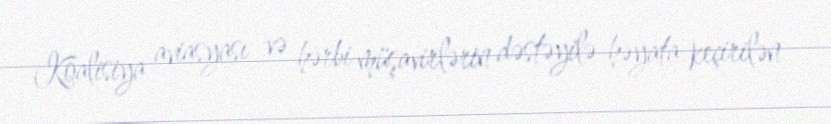
Koalisiya aviasyası və hərbi müşavirlərin dəstəyilə həyata keçirilən